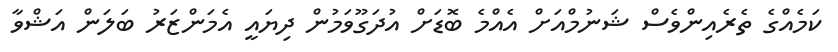
ކަމެއްގެ ތެރެއިންވެސް ޝަނުމްއަށް އެއްމެ ބޮޑަށް އުދަގޫވަމުން ދިޔައީ އެމަންޒަރު ބަލަން އަޝްވާ